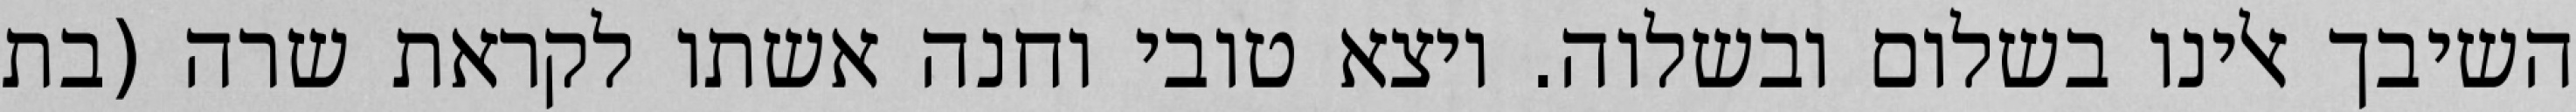
השיבך אלינו בשלום ובשלוה. ויצא טובי וחנה אשתו לקראת שרה (בת